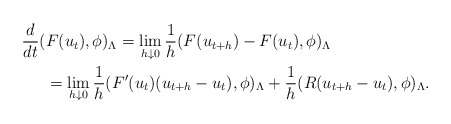
\begin{align*}\frac{d}{dt} ( &F(u_t),\phi )_{\Lambda} = \lim_{h\downarrow 0}\frac{1}{h}( F(u_{t+h})-F(u_{t}),\phi )_{\Lambda}\\&= \lim_{h\downarrow 0} \frac{1}{h}( F'(u_{t})(u_{t+h}-u_t),\phi)_{\Lambda} + \frac{1}{h}( R(u_{t+h}-u_t),\phi )_{\Lambda}.\end{align*}